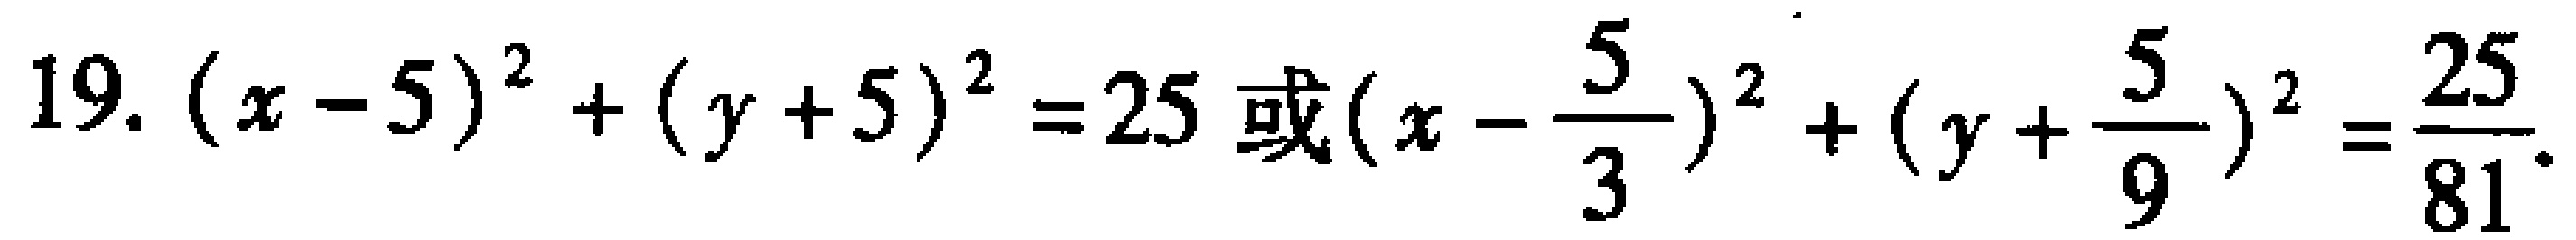
19. \((x - 5)^2 + (y + 5)^2 = 25\) 或\((x - \frac{5}{3})^2 + (y + \frac{5}{9})^2 = \frac{25}{81}\)